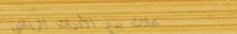
محلات بيع الأدوات الرياضي